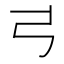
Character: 𢎜